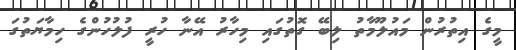
މީގެ އިތުރުން މައުލޫމާތު ލިބޭ ގޮތުގައި މިހާރު އޭނާ ހުރީ ފުލުހުންގެ ހިމާޔަތުގަ